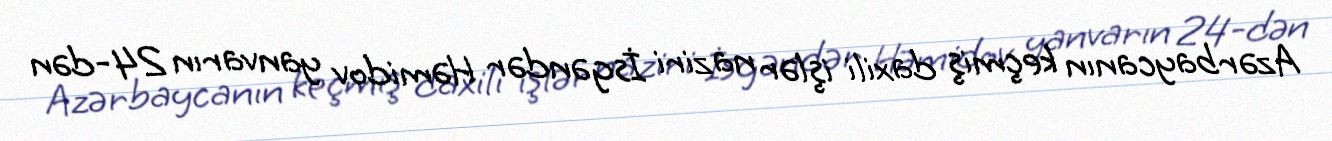
Azərbaycanın keçmiş daxili işlər naziri İsgəndər Həmidov yanvarın 24-dən